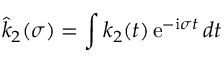
\hat { k } _ { 2 } ( \sigma ) = \int k _ { 2 } ( t ) \, \mathrm { e } ^ { - \mathrm { i } \sigma t } \, d t